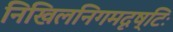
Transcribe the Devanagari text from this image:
निखिलनिगमदृष्टिः